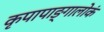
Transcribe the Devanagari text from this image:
कृपापाङ्गालोकं